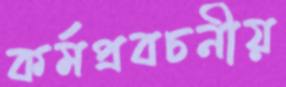
কর্মপ্রবচনীয়